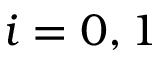
i = 0 , 1